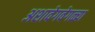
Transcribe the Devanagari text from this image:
अशावेगवेगळ्या